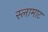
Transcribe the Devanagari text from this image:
स्लामाट